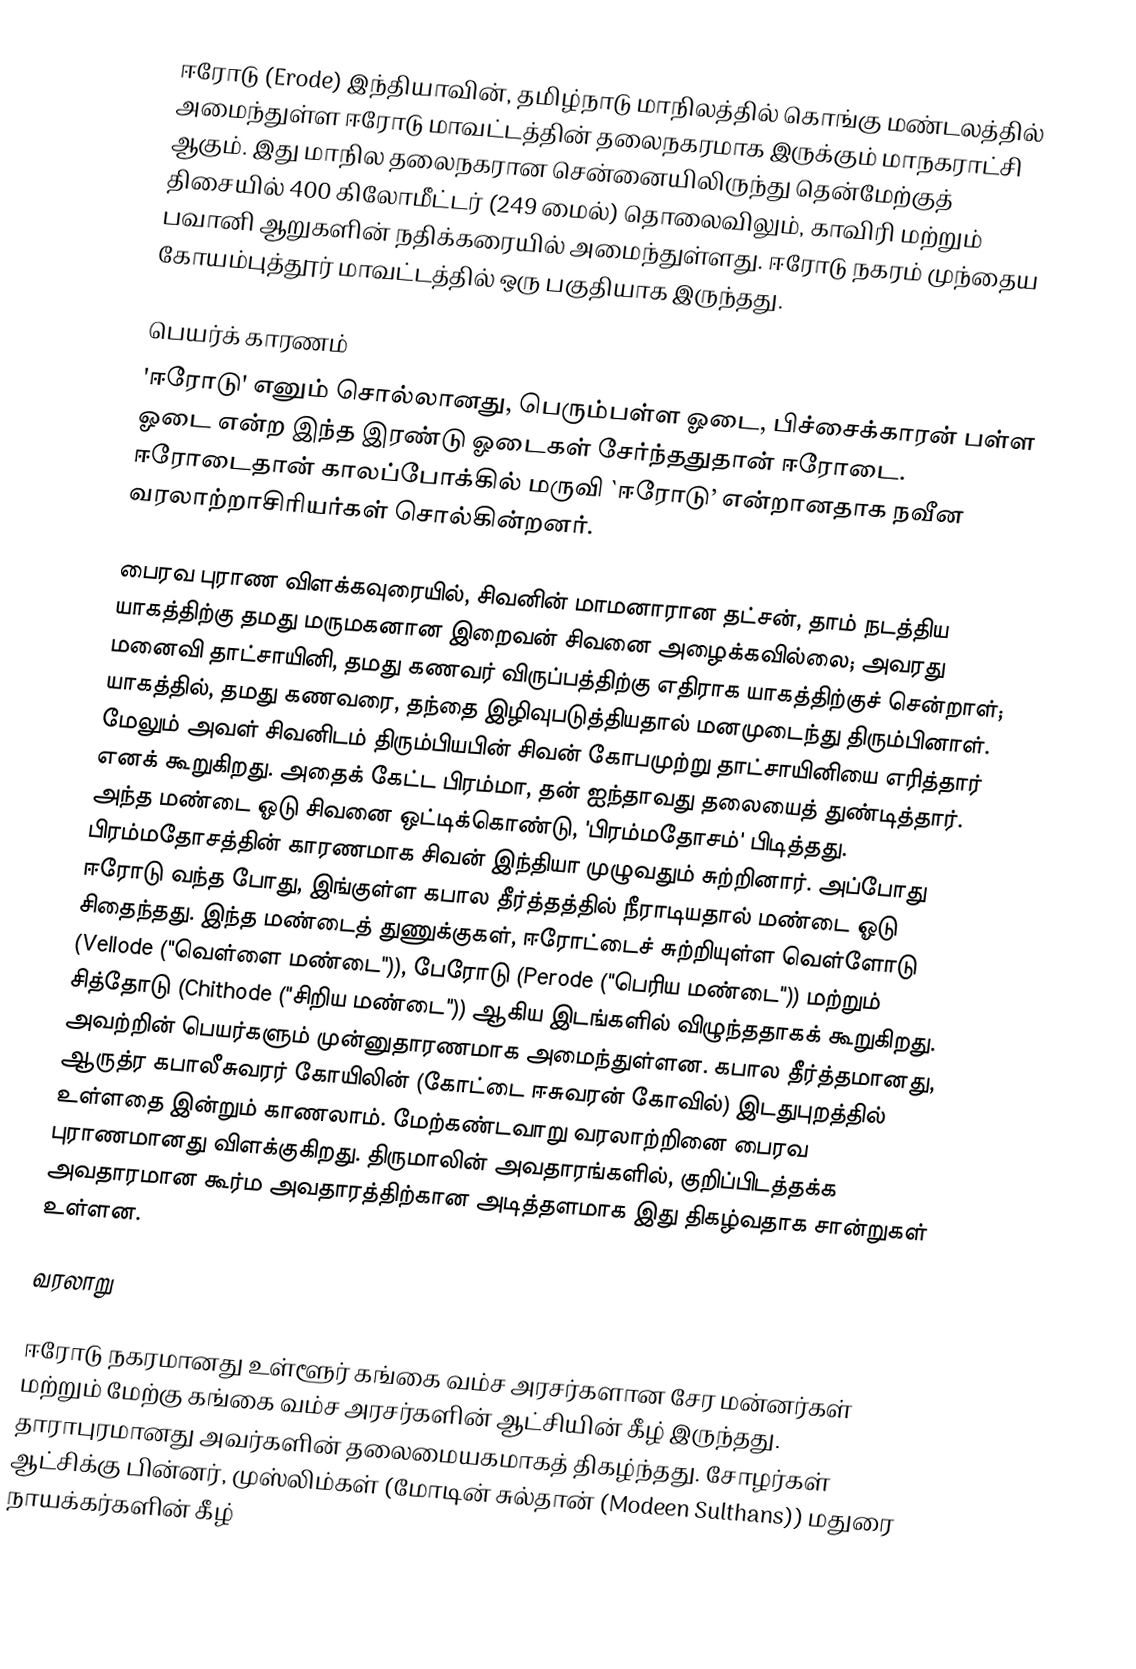
ஈரோடு (Erode) இந்தியாவின், தமிழ்நாடு மாநிலத்தில் கொங்கு மண்டலத்தில் அமைந்துள்ள ஈரோடு மாவட்டத்தின் தலைநகரமாக இருக்கும் மாநகராட்சி ஆகும். இது மாநில தலைநகரான சென்னையிலிருந்து தென்மேற்குத் திசையில் 400 கிலோமீட்டர் (249 மைல்) தொலைவிலும், காவிரி மற்றும் பவானி ஆறுகளின் நதிக்கரையில் அமைந்துள்ளது. ஈரோடு நகரம் முந்தைய கோயம்புத்தூர் மாவட்டத்தில் ஒரு பகுதியாக இருந்தது.

பெயர்க் காரணம்
'ஈரோடு' எனும் சொல்லானது, பெரும்பள்ள ஓடை, பிச்சைக்காரன் பள்ள ஓடை என்ற இந்த இரண்டு ஓடைகள் சேர்ந்ததுதான் ஈரோடை. ஈரோடைதான் காலப்போக்கில் மருவி `ஈரோடு’ என்றானதாக நவீன வரலாற்றாசிரியர்கள் சொல்கின்றனர்.

பைரவ புராண விளக்கவுரையில், சிவனின் மாமனாரான தட்சன், தாம் நடத்திய யாகத்திற்கு தமது மருமகனான இறைவன் சிவனை அழைக்கவில்லை; அவரது மனைவி தாட்சாயினி, தமது கணவர் விருப்பத்திற்கு எதிராக யாகத்திற்குச் சென்றாள்; யாகத்தில், தமது கணவரை, தந்தை இழிவுபடுத்தியதால் மனமுடைந்து திரும்பினாள். மேலும் அவள் சிவனிடம் திரும்பியபின் சிவன் கோபமுற்று தாட்சாயினியை எரித்தார் எனக் கூறுகிறது. அதைக் கேட்ட பிரம்மா, தன் ஐந்தாவது தலையைத் துண்டித்தார். அந்த மண்டை ஓடு சிவனை ஒட்டிக்கொண்டு, 'பிரம்மதோசம்' பிடித்தது. பிரம்மதோசத்தின் காரணமாக சிவன் இந்தியா முழுவதும் சுற்றினார். அப்போது ஈரோடு வந்த போது, இங்குள்ள கபால தீர்த்தத்தில் நீராடியதால் மண்டை ஓடு சிதைந்தது. இந்த மண்டைத் துணுக்குகள், ஈரோட்டைச் சுற்றியுள்ள வெள்ளோடு (Vellode ("வெள்ளை மண்டை")), பேரோடு (Perode ("பெரிய மண்டை")) மற்றும் சித்தோடு (Chithode ("சிறிய மண்டை")) ஆகிய இடங்களில் விழுந்ததாகக் கூறுகிறது. அவற்றின் பெயர்களும் முன்னுதாரணமாக அமைந்துள்ளன. கபால தீர்த்தமானது, ஆருத்ர கபாலீசுவரர் கோயிலின் (கோட்டை ஈசுவரன் கோவில்) இடதுபுறத்தில் உள்ளதை இன்றும் காணலாம். மேற்கண்டவாறு வரலாற்றினை பைரவ புராணமானது விளக்குகிறது. திருமாலின் அவதாரங்களில், குறிப்பிடத்தக்க அவதாரமான கூர்ம அவதாரத்திற்கான அடித்தளமாக இது திகழ்வதாக சான்றுகள் உள்ளன.

வரலாறு

ஈரோடு நகரமானது உள்ளூர் கங்கை வம்ச அரசர்களான சேர மன்னர்கள் மற்றும் மேற்கு கங்கை வம்ச அரசர்களின் ஆட்சியின் கீழ் இருந்தது. தாராபுரமானது அவர்களின் தலைமையகமாகத் திகழ்ந்தது. சோழர்கள் ஆட்சிக்கு பின்னர், முஸ்லிம்கள் (மோடின் சுல்தான் (Modeen Sulthans)) மதுரை நாயக்கர்களின் கீழ்